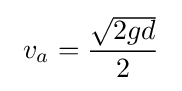
\ v_{a}={\frac {\sqrt {2gd}}{2}}\